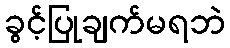
ခွင့်ပြုချက်မရဘဲ